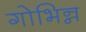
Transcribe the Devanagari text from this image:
गोभिन्न